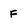
Character: F